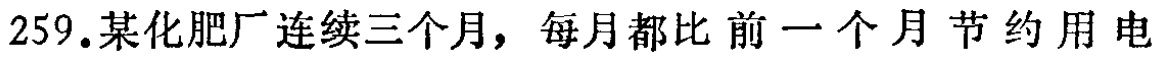
259.某化肥厂连续三个月，每月都比前一个月节约用电